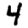
Digit: 4